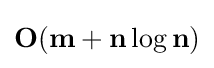
\mathbf {O} (\mathbf {m} +\mathbf {n} \log {\mathbf {n} })